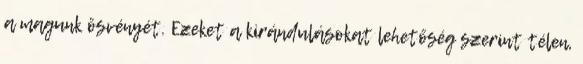
a magunk ösvényét. Ezeket a kirándulásokat lehetőség szerint télen,